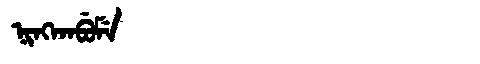
Manchu: ᠨᡳᠩᡴᠠᠪᡠᠮᡝ
Romanization: NINGKABUME